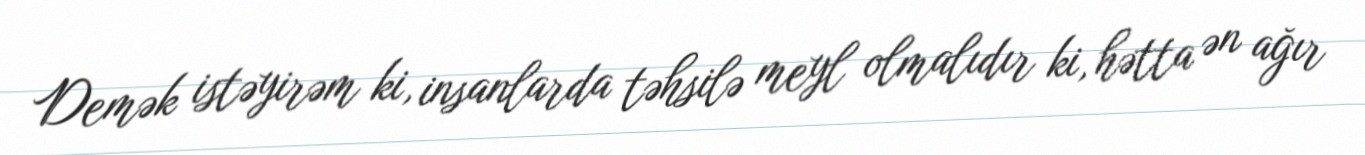
Demək istəyirəm ki, insanlarda təhsilə meyl olmalıdır ki, hətta ən ağır